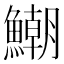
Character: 𩻹